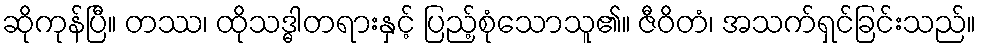
ဆိုကုန်ပြီ။ တဿ၊ ထိုသဒ္ဓါတရားနှင့် ပြည့်စုံသောသူ၏။ ဇီဝိတံ၊ အသက်ရှင်ခြင်းသည်။